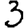
Digit: 3